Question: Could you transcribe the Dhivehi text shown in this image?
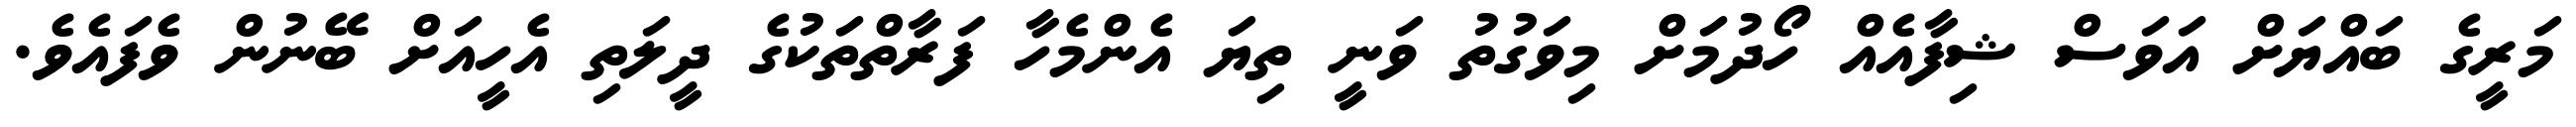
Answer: މަރީގެ ބައްޔަށް އަވަސް ޝިފާއެއް ހޯދުމަށް މިވަގުތު ވަނީ ތިޔަ އެންމެހާ ފަރާތްތަކުގެ ދީލަތި އެހީއަށް ބޭނުން ވެފައެވެ.